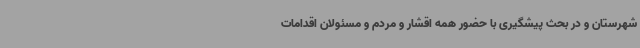
شهرستان و در بحث پیشگیری با حضور همه اقشار و مردم و مسئولان اقدامات